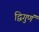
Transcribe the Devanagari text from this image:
द्विगुणं